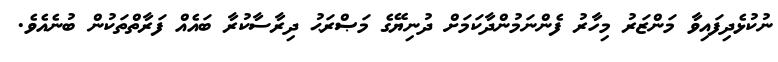
ނުކުޅެދިފައިވާ މަންޒަރު މިހާރު ފެންނަމުންދާކަމަށް ދުނިޔޭގެ މަޞްރަޙު ދިރާސާކުރާ ބައެއް ފަރާތްތަކުން ބުނެއެވެ.